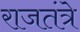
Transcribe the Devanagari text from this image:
राजतंत्रे